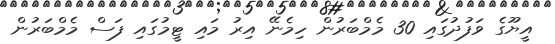
އީޔޫގެ ވަފުދުގައި 30 މެމްބަރުން ހިމެނޭ އިރު މައި ޓީމުގައި ފަސް މެމްބަރުން